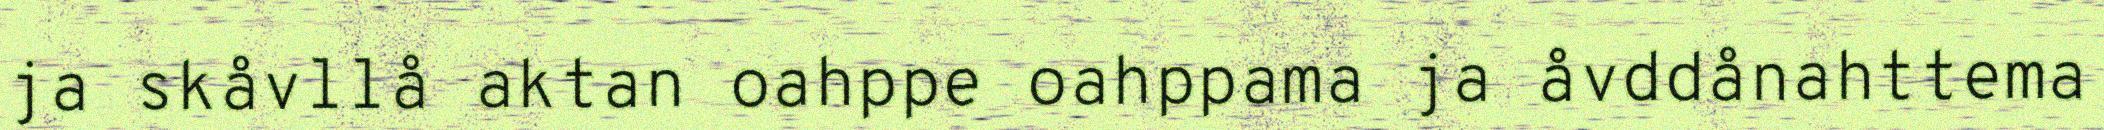
ja skåvllå aktan oahppe oahppama ja åvddånahttema